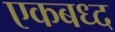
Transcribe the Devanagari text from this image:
एकबध्द